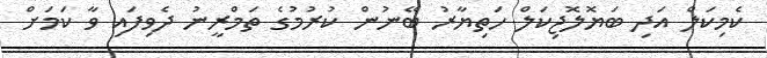
ކެމިކަލް އަދި ބަޔޮލޮޖިކަލް ހަތިޔާރު ބޭނުން ކުރުމުގެ ތަމްރީނު ދެވިފައި ވާ ކަމަށް